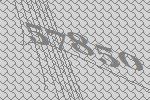
57850